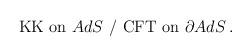
LaTeX: \begin{align*}\mbox{KK on $AdS$} \,\, / \,\, \mbox{CFT on $\partial AdS$} \,.\end{align*}